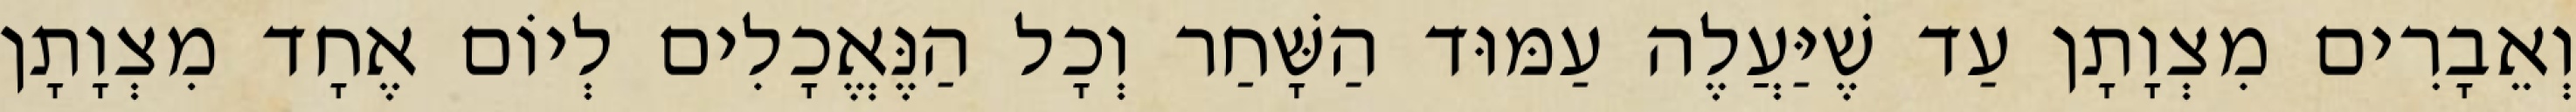
וְאֵבָרִים מִצְוָתָן עַד שֶׁיַּעֲלֶה עַמּוּד הַשָּׁחַר וְכָל הַנֶּאֱכָלִים לְיוֹם אֶחָד מִצְוָתָן